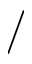
/